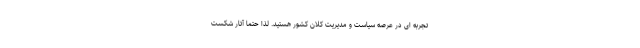
تجربه ای در عرصه سیاست و مدیریت کلان کشور هستید. لذا حتما آثار شکست